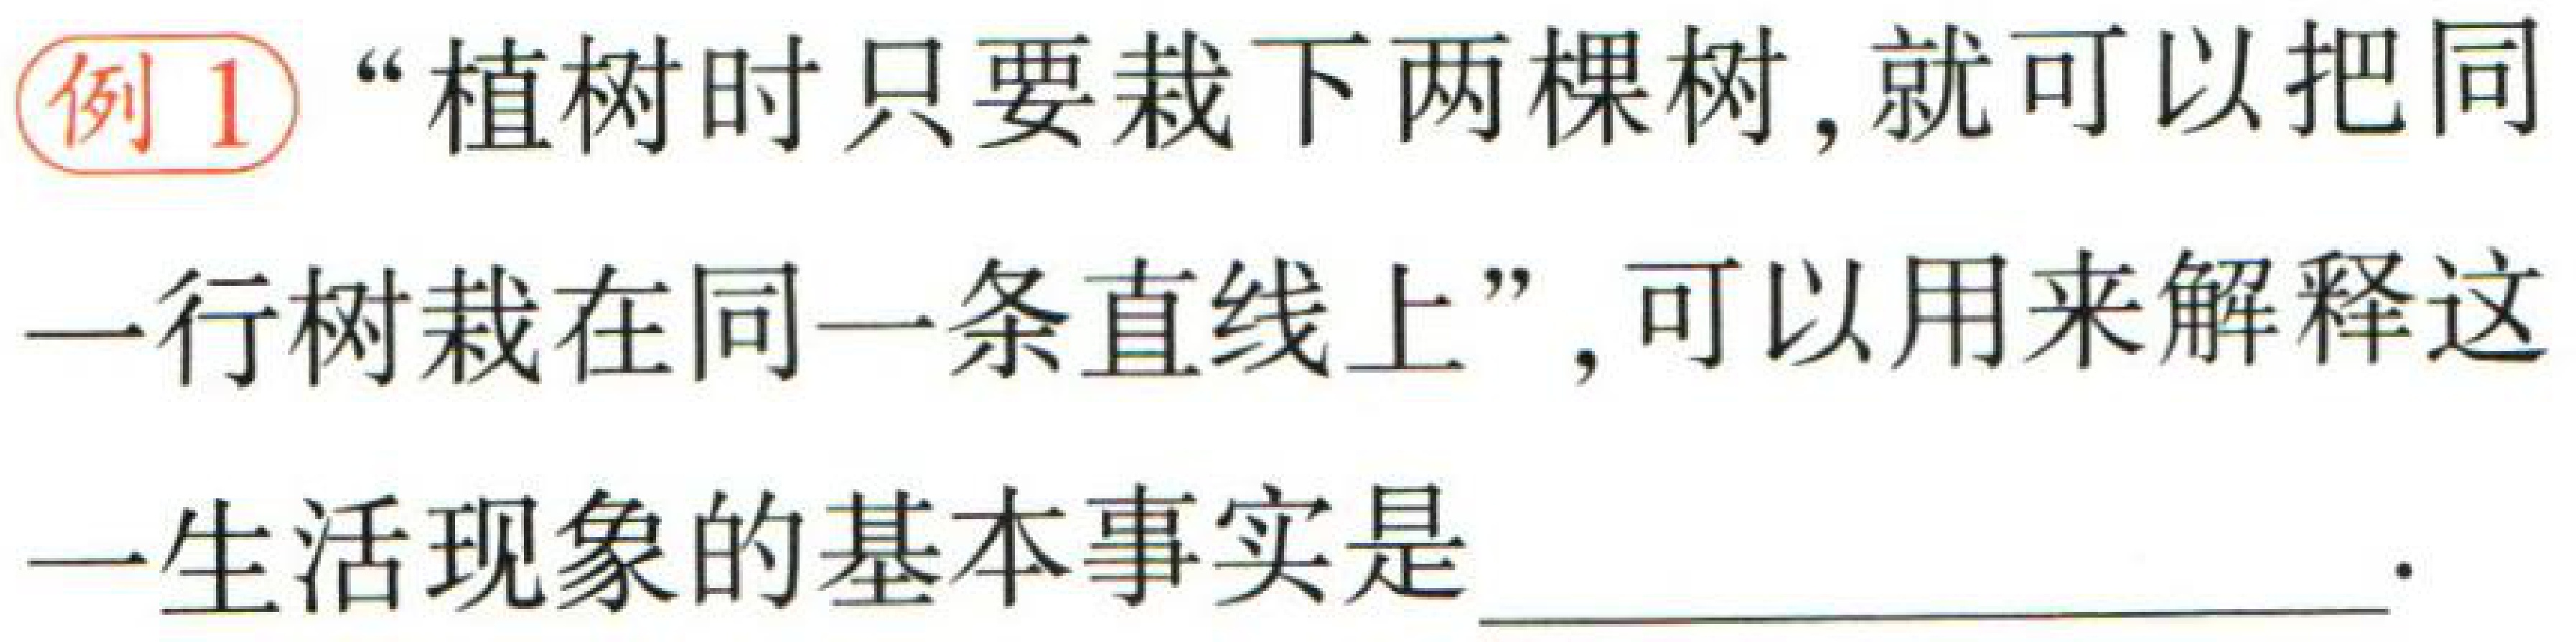
例1 “植树时只要栽下两棵树，就可以把同一行树栽在同一条直线上”，可以用来解释这一生活现象的基本事实是  。